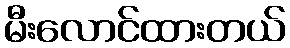
မီးလောင်ထားတယ်